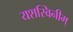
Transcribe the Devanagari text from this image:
यशस्विनीम्‌